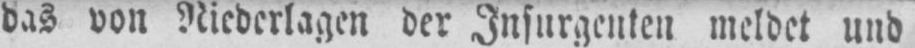
das von Niederlagen der Insurgenten meldet und